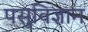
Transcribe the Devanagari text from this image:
पसुविज्ञान